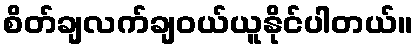
စိတ်ချလက်ချဝယ်ယူနိုင်ပါတယ်။